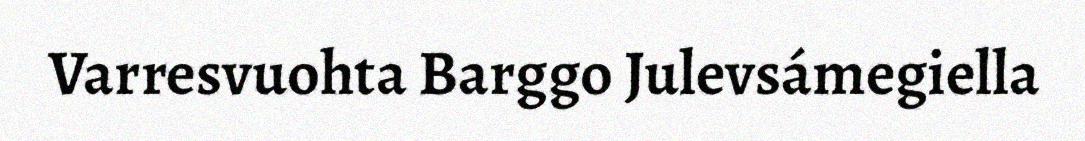
Varresvuohta Barggo Julevsámegiella